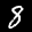
Label: 8